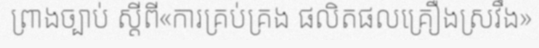
ព្រាងច្បាប់ ស្តីពី«ការគ្រប់គ្រង ផលិតផលគ្រឿងស្រវឹង»